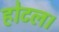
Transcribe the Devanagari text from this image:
होटल।